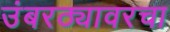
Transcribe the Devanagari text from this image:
उंबरठ्यावरचा